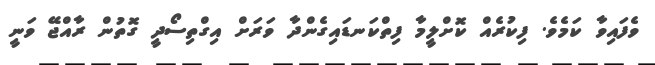
ވެފައިވާ ކަމެވެ. ފިކުރެއް ކޮށްލީމާ ފިތްކަނޑައިގެންދާ ވަރަށް އިގްތިސޯދީ ގޮތުން ރާއްޖޭ ވަނީ